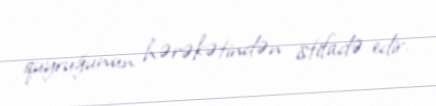
quyruğunun hərəkətindən istifadə edir.